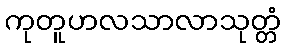
ကုတူဟလသာလာသုတ္တံ